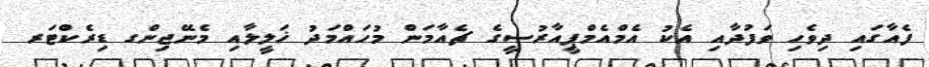
ފެއާގައި ދިވެހި ވަފުދާއި އެކު އެމްއެމްޕީއާރުސީގެ ޗެއާމަން މުހައްމަދު ޚަލީލާއި މެނޭޖިންގ ޑިރެކްޓަރ